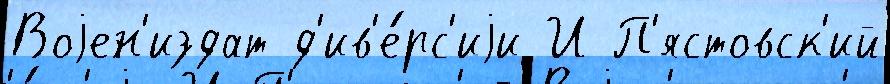
Воjен'издат д'ив'е́рс'иjи И П'ястовск'ий